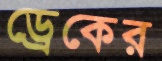
ড্রেকের